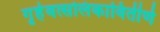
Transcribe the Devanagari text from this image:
गृहेवत्सलिकावितीर्णे